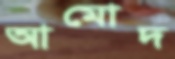
আমোদ